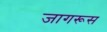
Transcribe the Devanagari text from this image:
जागरूस